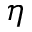
\eta